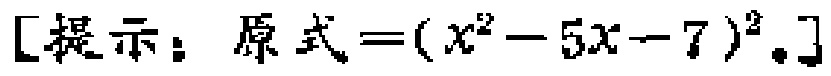
[提示：原式\(=(x^{2}-5x - 7)^{2}\).]